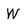
Character: w